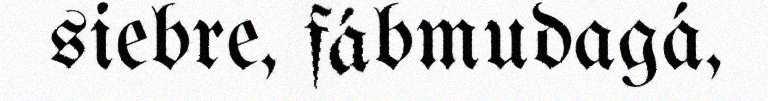
siebre, fábmudagá,